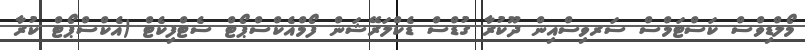
މޯލްޑިވްސް ކަސްޓަމްސް ސަރވިސްއިން ދޫކުރާ ގުޑްސް ޑެކްލަރޭޝަން ފޯމްއެކްސްޕޯޓް ސެޓްފިކެޓް (އެކްސްޕޯޓް ކުރާ